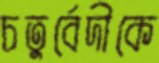
চতুর্বেদীকে